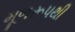
મૂળરૂપથી